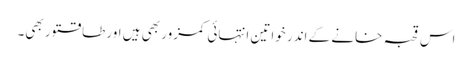
اس قحبہ خانے کے اندر خواتین انتہائی کمزور بھی ہیں اور طاقتور بھی۔